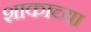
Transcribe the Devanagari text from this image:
शाकाच्या